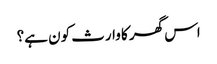
اس گھر کا وارث کون ہے؟